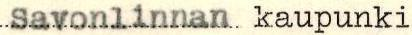
Savonlinnan kaupunki